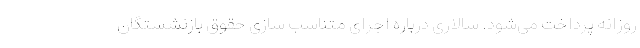
روزانه پرداخت می‌شود. سالاری درباره اجرای متناسب سازی حقوق بازنشستگان